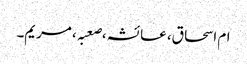
ام اسحاق، عائشہ،صعبہ، مریم۔